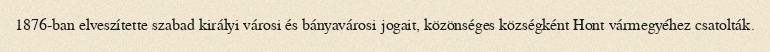
1876-ban elveszítette szabad királyi városi és bányavárosi jogait, közönséges községként Hont vármegyéhez csatolták.